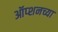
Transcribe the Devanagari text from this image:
ऑप्शनच्या